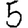
Digit: 5